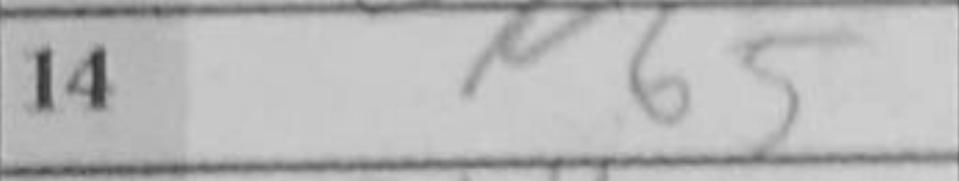
Transcription: Nb5